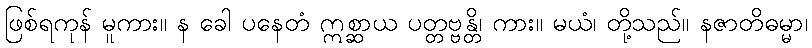
ဖြစ်ရကုန် မူကား။ န ခေါ ပနေတံ ဣစ္ဆာယ ပတ္တဗ္ဗန္တိ၊ ကား။ မယံ၊ တို့သည်။ နဇာတိဓမ္မာ၊